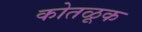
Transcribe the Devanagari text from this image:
कोतळूक